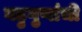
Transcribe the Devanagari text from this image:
बहुगुणांची